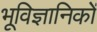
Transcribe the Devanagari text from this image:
भूविज्ञानिकों